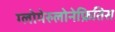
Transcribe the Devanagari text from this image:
ग्लोमेरुलोनेफ्रितिस